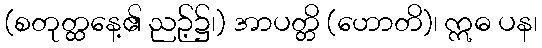
(စတုတ္ထနေ့၏ ညဉ့်၌၊) အာပတ္တိ (ဟောတိ)၊ ဣဓ ပန၊